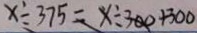
x \div 3 7 5 = x \div 3 0 0 + 3 0 0